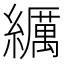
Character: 𦆨